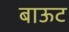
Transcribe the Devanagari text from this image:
बाऊट